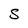
Character: S